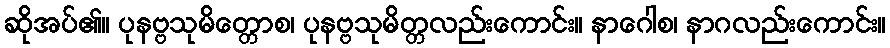
ဆိုအပ်၏။ ပုနဗ္ဗသုမိတ္တောစ၊ ပုနဗ္ဗသုမိတ္တလည်းကောင်း။ နာဂေါစ၊ နာဂလည်းကောင်း။